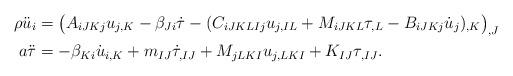
LaTeX: \begin{align*}\rho \ddot{u}_i &= \big(A_{iJKj} u_{j,K} - \beta_{Ji} \dot{\tau} -(C_{iJKLIj} u_{j,IL} + M_{iJKL} \tau_{,L} - B_{iJKj}\dot{u}_{j})_{,K}\big)_{,J} \\a \ddot{\tau} &=-\beta_{Ki} \dot{u}_{i,K} + m_{IJ}\dot{\tau}_{,IJ} + M_{jLKI} u_{j,LKI} + K_{IJ}\tau_{,IJ}.\end{align*}